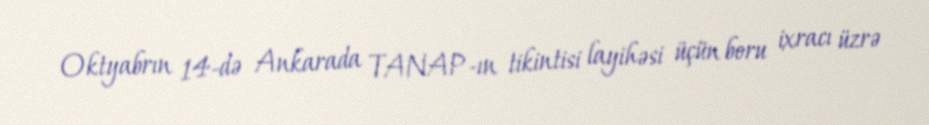
Oktyabrın 14-də Ankarada TANAP-ın tikintisi layihəsi üçün boru ixracı üzrə